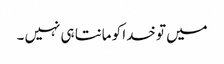
میں تو خدا کو مانتا ہی نہیں ۔